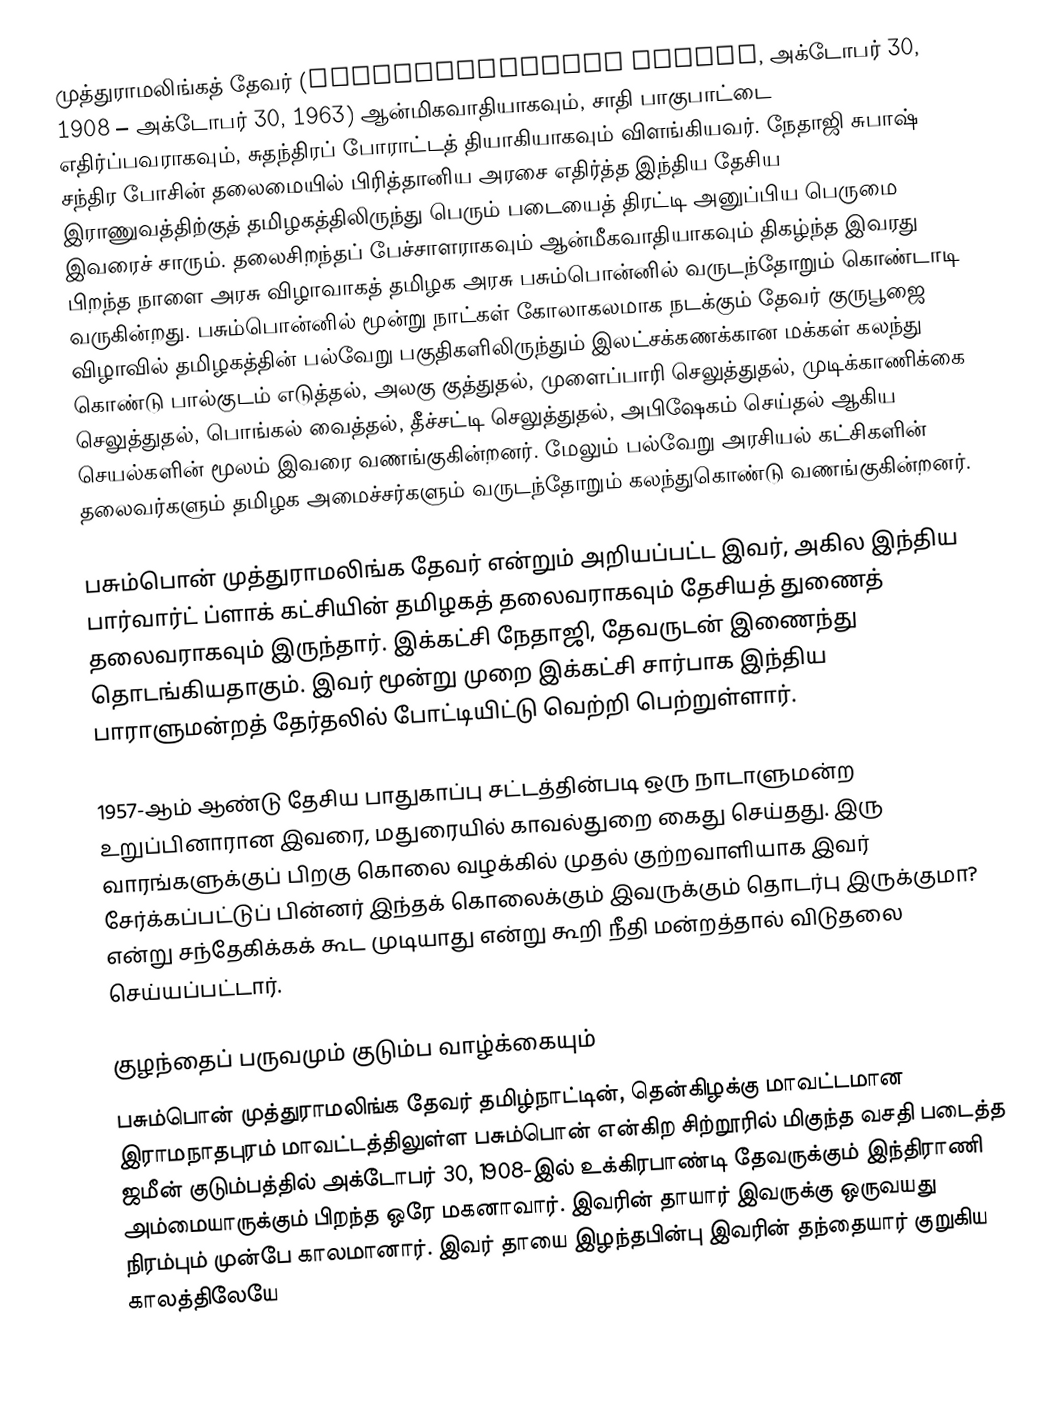
முத்துராமலிங்கத் தேவர் (Muthuramalingam Thevar, அக்டோபர் 30, 1908 – அக்டோபர் 30, 1963) ஆன்மிகவாதியாகவும், சாதி பாகுபாட்டை எதிர்ப்பவராகவும், சுதந்திரப் போராட்டத் தியாகியாகவும் விளங்கியவர். நேதாஜி சுபாஷ் சந்திர போசின் தலைமையில் பிரித்தானிய அரசை எதிர்த்த இந்திய தேசிய இராணுவத்திற்குத் தமிழகத்திலிருந்து பெரும் படையைத் திரட்டி அனுப்பிய பெருமை இவரைச் சாரும். தலைசிறந்தப் பேச்சாளராகவும் ஆன்மீகவாதியாகவும் திகழ்ந்த இவரது பிறந்த நாளை அரசு விழாவாகத் தமிழக அரசு பசும்பொன்னில் வருடந்தோறும் கொண்டாடி வருகின்றது. பசும்பொன்னில் மூன்று நாட்கள் கோலாகலமாக நடக்கும் தேவர் குருபூஜை விழாவில் தமிழகத்தின் பல்வேறு பகுதிகளிலிருந்தும் இலட்சக்கணக்கான மக்கள் கலந்து கொண்டு பால்குடம் எடுத்தல், அலகு குத்துதல், முளைப்பாரி செலுத்துதல், முடிக்காணிக்கை செலுத்துதல், பொங்கல் வைத்தல், தீச்சட்டி செலுத்துதல், அபிஷேகம் செய்தல் ஆகிய செயல்களின் மூலம் இவரை வணங்குகின்றனர். மேலும் பல்வேறு அரசியல் கட்சிகளின் தலைவர்களும் தமிழக அமைச்சர்களும் வருடந்தோறும் கலந்துகொண்டு  வணங்குகின்றனர்.

பசும்பொன் முத்துராமலிங்க தேவர் என்றும் அறியப்பட்ட இவர், அகில இந்திய பார்வார்ட் ப்ளாக் கட்சியின் தமிழகத் தலைவராகவும் தேசியத் துணைத் தலைவராகவும் இருந்தார். இக்கட்சி  நேதாஜி, தேவருடன் இணைந்து தொடங்கியதாகும். இவர் மூன்று முறை இக்கட்சி சார்பாக இந்திய பாராளுமன்றத் தேர்தலில் போட்டியிட்டு வெற்றி பெற்றுள்ளார்.

1957-ஆம் ஆண்டு தேசிய பாதுகாப்பு சட்டத்தின்படி ஒரு நாடாளுமன்ற உறுப்பினாரான இவரை, மதுரையில் காவல்துறை கைது செய்தது. இரு வாரங்களுக்குப் பிறகு கொலை வழக்கில் முதல் குற்றவாளியாக இவர் சேர்க்கப்பட்டுப் பின்னர் இந்தக் கொலைக்கும் இவருக்கும் தொடர்பு இருக்குமா? என்று சந்தேகிக்கக் கூட முடியாது என்று கூறி நீதி மன்றத்தால் விடுதலை செய்யப்பட்டார்.

குழந்தைப் பருவமும் குடும்ப வாழ்க்கையும்
பசும்பொன் முத்துராமலிங்க தேவர் தமிழ்நாட்டின், தென்கிழக்கு மாவட்டமான இராமநாதபுரம் மாவட்டத்திலுள்ள பசும்பொன் என்கிற சிற்றூரில் மிகுந்த வசதி படைத்த ஜமீன் குடும்பத்தில் அக்டோபர் 30, 1908-இல் உக்கிரபாண்டி தேவருக்கும் இந்திராணி அம்மையாருக்கும் பிறந்த ஒரே மகனாவார். இவரின் தாயார் இவருக்கு ஒருவயது நிரம்பும் முன்பே காலமானார். இவர் தாயை இழந்தபின்பு இவரின் தந்தையார் குறுகிய காலத்திலேயே